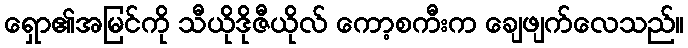
ရှော၏အမြင်ကို သီယိုဒိုဇီယိုလ် ကော့စကီးက ချေဖျက်လေသည်။